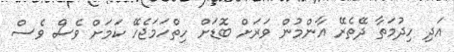
އަދި ހިދުމަތާ ދޭތެރޭ އާންމުން ވަރަށް ބޮޑަށް ހިތްހަމަޖެހޭ ކަމަށް ވެސް ވެސް